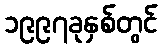
၁၉၉၇ခုနှစ်တွင်